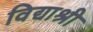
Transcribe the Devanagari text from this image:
विद्याश्री